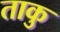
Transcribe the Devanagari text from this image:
ताकु